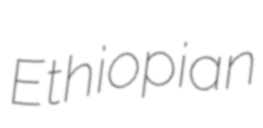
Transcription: Ethiopian